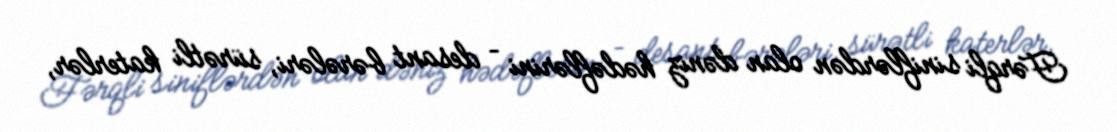
Fərqli siniflərdən olan dəniz hədəflərini – desant bərələri, sürətli katerlər,